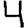
Digit: 4